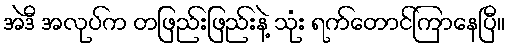
အဲဒီ အလုပ်က တဖြည်းဖြည်းနဲ့ သုံး ရက်တောင်ကြာနေပြီ။